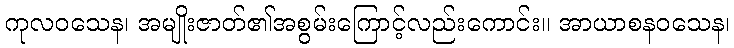
ကုလဝသေန၊ အမျိုးဇာတ်၏အစွမ်းကြောင့်လည်းကောင်း။ အာယာစနဝသေန၊